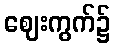
ဈေးကွက်၌